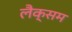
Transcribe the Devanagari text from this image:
लैक्सम